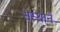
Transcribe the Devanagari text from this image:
संस्थानें